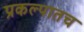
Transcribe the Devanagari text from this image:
प्रकल्पातच